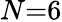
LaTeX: N{=}6